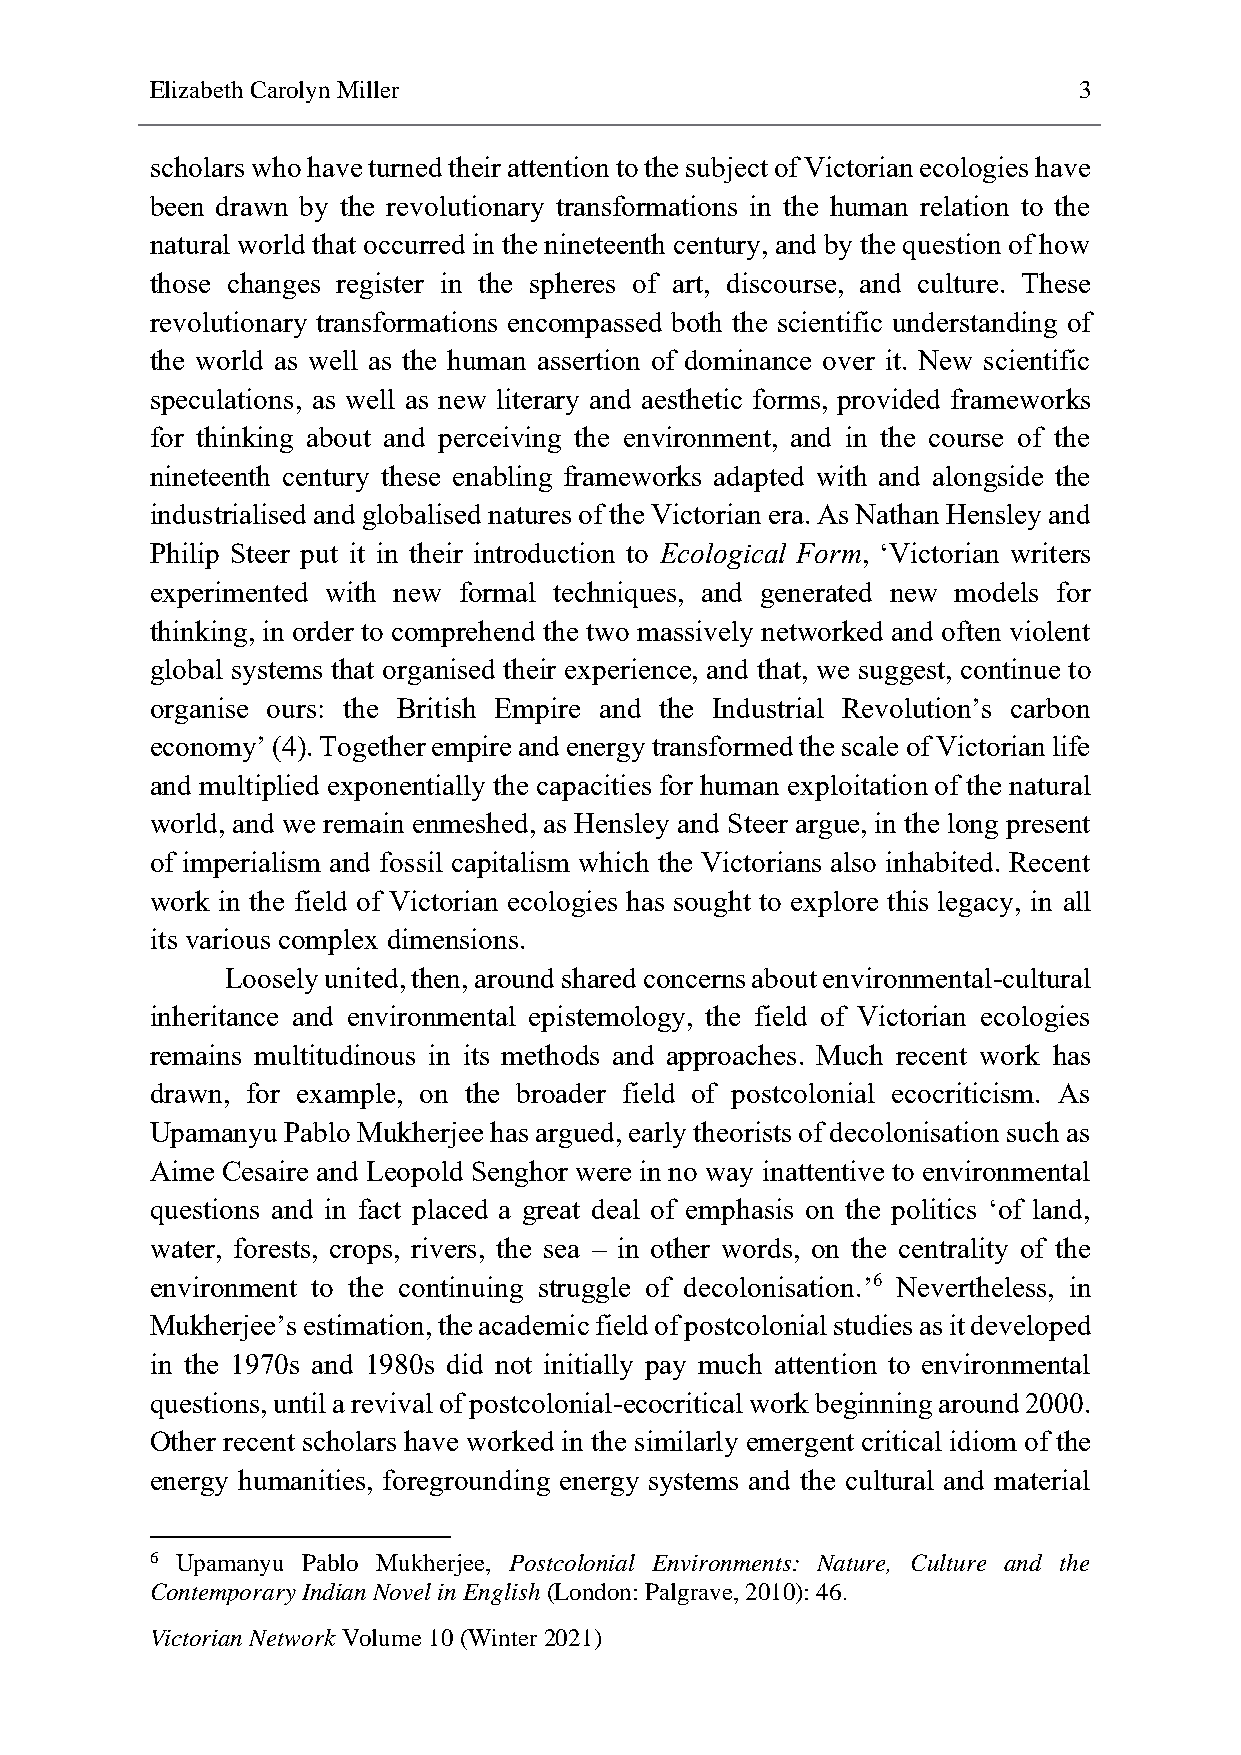
Elizabeth Carolyn Miller                                     3
 scholars who have turned their attention to the subject of Victorian ecologies have
 been drawn by the revolutionary transformations in the human relation to the
 natural world that occurred in the nineteenth century, and by the question of how
 those changes register in the spheres of art, discourse, and culture. These
 revolutionary transformations encompassed both the scientific understanding of
 the world as well as the human assertion of dominance over it. New scientific
 speculations, as well as new literary and aesthetic forms, provided frameworks
 for thinking about and perceiving the environment, and in the course of the
 nineteenth century these enabling frameworks adapted with and alongside the
 industrialised and globalised natures of the Victorian era. As Nathan Hensley and
 Philip Steer put it in their introduction to Ecological Form, ‘Victorian writers
 experimented with new formal techniques, and generated new models for
 thinking, in order to comprehend the two massively networked and often violent
 global systems that organised their experience, and that, we suggest, continue to
 organise ours: the British Empire and the Industrial Revolution’s carbon
 economy’ (4). Together empire and energy transformed the scale of Victorian life
 and multiplied exponentially the capacities for human exploitation of the natural
 world, and we remain enmeshed, as Hensley and Steer argue, in the long present
 of imperialism and fossil capitalism which the Victorians also inhabited. Recent
 work in the field of Victorian ecologies has sought to explore this legacy, in all
 its various complex dimensions.
 Loosely united, then, around shared concerns about environmental-cultural
 inheritance and environmental epistemology, the field of Victorian ecologies
 remains multitudinous in its methods and approaches. Much recent work has
 drawn, for example, on the broader field of postcolonial ecocriticism. As
 Upamanyu Pablo Mukherjee has argued, early theorists of decolonisation such as
 Aime Cesaire and Leopold Senghor were in no way inattentive to environmental
 questions and in fact placed a great deal of emphasis on the politics ‘of land,
 water, forests, crops, rivers, the sea – in other words, on the centrality of the
 environment to the continuing struggle of decolonisation.’6 Nevertheless, in
 Mukherjee’s estimation, the academic field of postcolonial studies as it developed
 in the 1970s and 1980s did not initially pay much attention to environmental
 questions, until a revival of postcolonial-ecocritical work beginning around 2000.
 Other recent scholars have worked in the similarly emergent critical idiom of the
 energy humanities, foregrounding energy systems and the cultural and material
 6 Upamanyu Pablo Mukherjee, Postcolonial Environments: Nature, Culture and the
 Contemporary Indian Novel in English (London: Palgrave, 2010): 46.
 Victorian Network Volume 10 (Winter 2021)